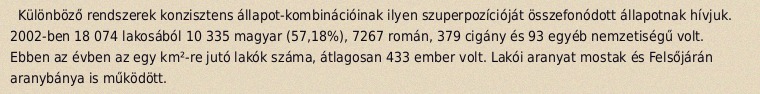
Különböző rendszerek konzisztens állapot-kombinációinak ilyen szuperpozícióját összefonódott állapotnak hívjuk. 2002-ben 18 074 lakosából 10 335 magyar (57,18%), 7267 román, 379 cigány és 93 egyéb nemzetiségű volt. Ebben az évben az egy km²-re jutó lakók száma, átlagosan 433 ember volt. Lakói aranyat mostak és Felsőjárán aranybánya is működött.